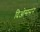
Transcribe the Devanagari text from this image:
दिओससन